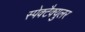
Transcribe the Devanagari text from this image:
स्पेक्टैक्युलर